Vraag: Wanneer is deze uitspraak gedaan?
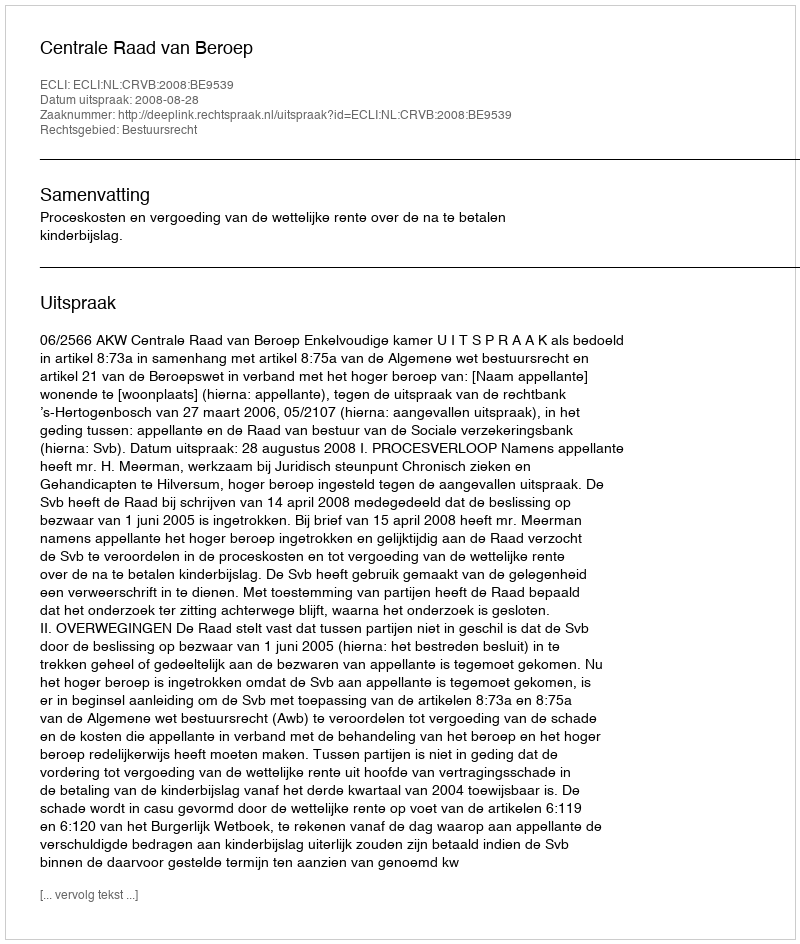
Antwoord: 2008-08-28